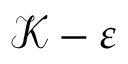
\mathcal { K } - \varepsilon